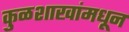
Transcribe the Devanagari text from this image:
कुळशाखांमधून